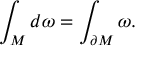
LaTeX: \int _ { M } d \omega = \int _ { \partial M } \omega .